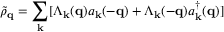
{ \tilde { \rho } } _ { { \bf { q } } } = \sum _ { { \bf { k } } } [ \Lambda _ { { \bf { k } } } ( { \bf { q } } ) a _ { { \bf { k } } } ( - { \bf { q } } ) + \Lambda _ { { \bf { k } } } ( - { \bf { q } } ) a _ { { \bf { k } } } ^ { \dagger } ( { \bf { q } } ) ]